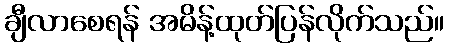
ချီလာစေရန် အမိန့်ထုတ်ပြန်လိုက်သည်။